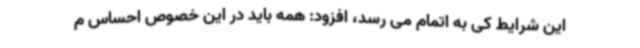
این شرایط کی به اتمام می رسد، افزود: همه باید در این خصوص احساس م